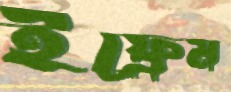
ইফ্রেম